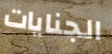
الجنايات